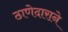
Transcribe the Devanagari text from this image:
ठाणेदाराने